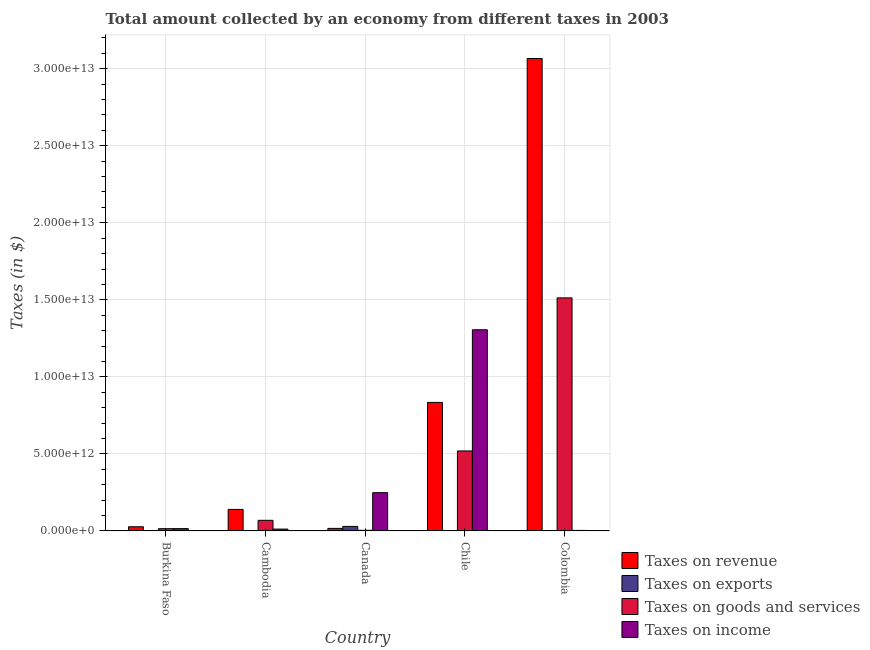
| Country | Taxes on revenue | Taxes on exports | Taxes on goods and services | Taxes on income |
 | --- | --- | --- | --- | --- |
 | Burkina Faso | 2.71e+11 | 8.56e+08 | 1.47e+11 | 1.5e+11 |
 | Cambodia | 1.4e+12 | 1.28e+09 | 6.89e+11 | 1.21e+11 |
 | Canada | 1.66e+11 | 2.95e+11 | 4.21e+10 | 2.48e+12 |
 | Chile | 8.34e+12 | 1e+06 | 5.19e+12 | 1.31e+13 |
 | Colombia | 3.07e+13 | 3e+06 | 1.51e+13 | 3.44e+10 |